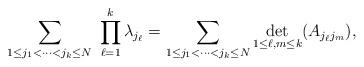
LaTeX: \begin{align*}\sum_{1\le j_1<\cdots<j_k\le N}\ \prod_{\ell=1}^k\lambda_{j_\ell}=\sum_{1\le j_1<\cdots<j_k\le N}\underset{1\le \ell,m\le k}{{\rm det}}(A_{j_\ell j_m}),\end{align*}